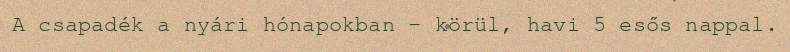
A csapadék a nyári hónapokban – körül, havi 5 esős nappal.